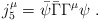
\begin{align*}j_{5}^{\mu}=\bar{\psi}\bar{\Gamma}\Gamma^{\mu} \psi\;.\end{align*}